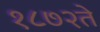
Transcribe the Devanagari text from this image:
१८७२ते